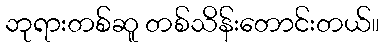
ဘုရားတစ်ဆူ တစ်သိန်းတောင်းတယ်။